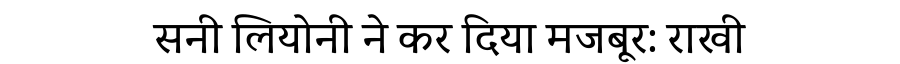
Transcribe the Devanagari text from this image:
सनी लियोनी ने कर दिया मजबूर: राखी